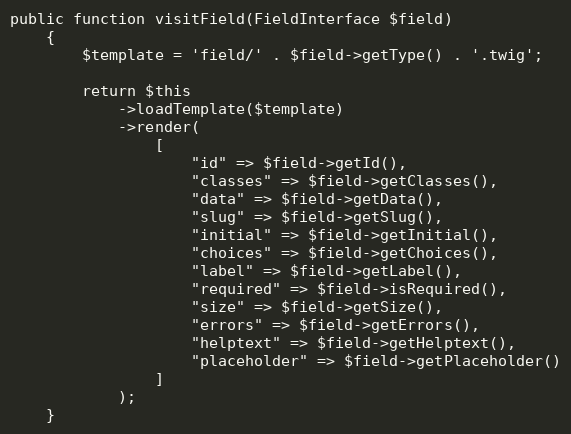
Language: PHP
public function visitField(FieldInterface $field)
    {
        $template = 'field/' . $field->getType() . '.twig';

        return $this
            ->loadTemplate($template)
            ->render(
                [
                    "id" => $field->getId(),
                    "classes" => $field->getClasses(),
                    "data" => $field->getData(),
                    "slug" => $field->getSlug(),
                    "initial" => $field->getInitial(),
                    "choices" => $field->getChoices(),
                    "label" => $field->getLabel(),
                    "required" => $field->isRequired(),
                    "size" => $field->getSize(),
                    "errors" => $field->getErrors(),
                    "helptext" => $field->getHelptext(),
                    "placeholder" => $field->getPlaceholder()
                ]
            );
    }